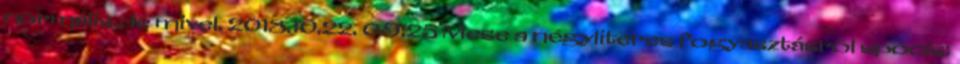
normális,de mivel. 2018.10.22. 09:25 Mese a négyliteres fogyasztásról spocis: